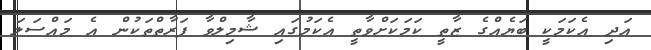
އަދި އެކަމަކީ ބަޔެއްގެ ޒާތީ ކަމަކަށްވާތީ އެކަމުގައި ޝާމިލްވާ ފަރާތްތަކުން އެ މައްސަލަ